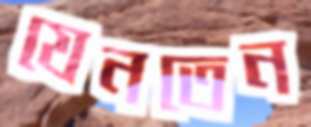
যেনতেন